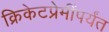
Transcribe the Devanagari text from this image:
क्रिकेटप्रेमींपर्यंत